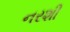
નરશી